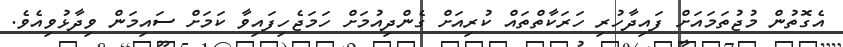
އެގޮތުން މުޖުތަމައަށް ފައިދާހުރި ހަރަކާތްތައް ކުރިއަށް ގެންދިއުމަށް ހަމަޖެހިފައިވާ ކަމަށް ސައިމަން ވިދާޅުވިއެވެ.